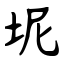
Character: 坭